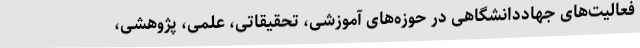
فعالیت‌های جهاددانشگاهی در حوزه‌های آموزشی، تحقیقاتی، علمی، پژوهشی،